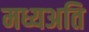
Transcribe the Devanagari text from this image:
मध्यअति